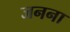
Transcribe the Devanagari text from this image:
जनना